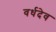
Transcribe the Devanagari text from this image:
वर्धदेव